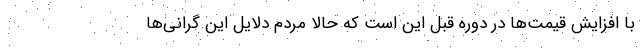
با افزایش قیمت‌ها در دوره قبل این است که حالا مردم دلایل این گرانی‌ها